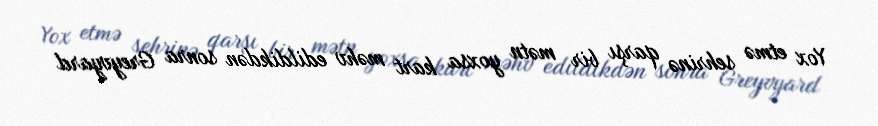
Yox etmə sehrinə qarşı bir mətn yoxsa kart məhv edildikdən sonra Greyvyard